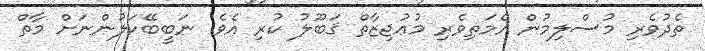
ތެދުވެރި މުސްލިމުން އެމަތިވެރި މުޢުޖިޒާތް ޤަބޫލު ކުރި އެވެ. ނަބީބޭކަލުންނަށް މާތް